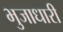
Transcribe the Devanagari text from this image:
भुजाधारी